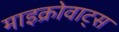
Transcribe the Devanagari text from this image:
माइक्रोवाट्स